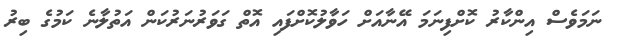
ނަމަވެސް އިންކާރު ކޮށްފިނަމަ އޭނާއަށް ހަވާލުކޮށްފައި އޮތް ގަވަރުނަރުކަން އަތުލާނެ ކަމުގެ ބިރު